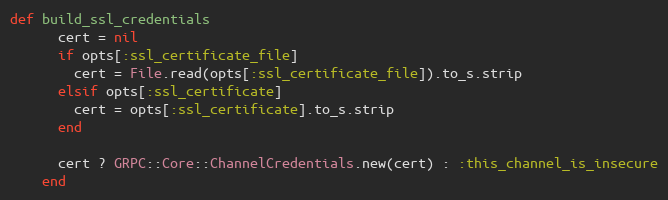
Language: Ruby
def build_ssl_credentials
      cert = nil
      if opts[:ssl_certificate_file]
        cert = File.read(opts[:ssl_certificate_file]).to_s.strip
      elsif opts[:ssl_certificate]
        cert = opts[:ssl_certificate].to_s.strip
      end

      cert ? GRPC::Core::ChannelCredentials.new(cert) : :this_channel_is_insecure
    end